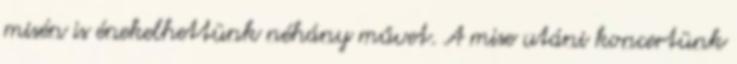
misén is énekelhettünk néhány művet. A mise utáni koncertünk